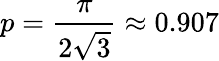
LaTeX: p=\frac{\pi}{2\sqrt{3}}\approx 0.907